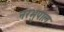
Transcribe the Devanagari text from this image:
नरभुपाल